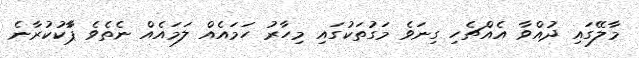
މާލޭގައި ދުއްވާ އެއްޗެހި ގިނަވެ މަގުތަކުގައި މިހާރު ހަމައެއްް ލަމައެއް ނެތެވެ ޕާާކުކުރާނެ